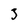
Character: 3